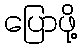
ပြောဖို့